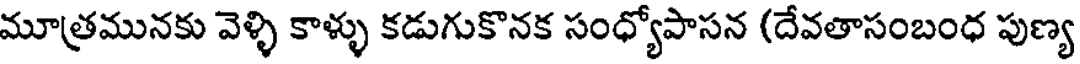
మూత్రమునకు వెళ్ళి కాళ్ళు కడుగుకొనక సంధ్యోపాసన (దేవతాసంబంధ పుణ్య